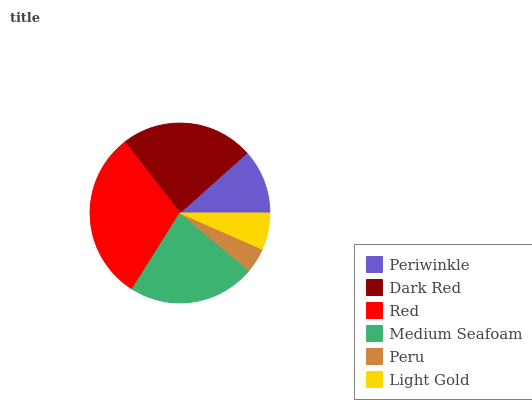
| Periwinkle | Dark Red | Red | Medium Seafoam | Peru | Light Gold |
 | --- | --- | --- | --- | --- | --- |
 | 11.6% | 23.9% | 30.6% | 22.9% | 4.44% | 6.59% |